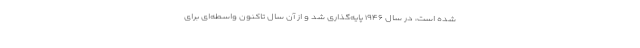
شده است، در سال ۱۹۴۶ پایه‌گذاری شد و از آن سال تاکنون واسطه‌ای برای